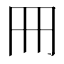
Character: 𠕁